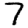
Digit: 7